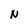
Character: N